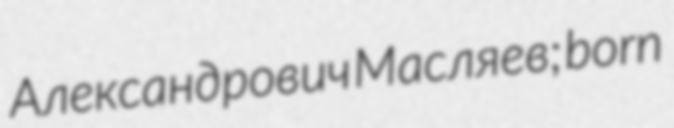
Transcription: Александрович Масляев; born